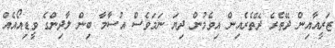
ޒަރީއާއިން ދޭތެރެ ދޭތެރެއިން އިވެމުން ދިޔަ ނަމަވެސް އުސާމާ ބިން ލާދިންގެ ވީޑިއޯއެއް